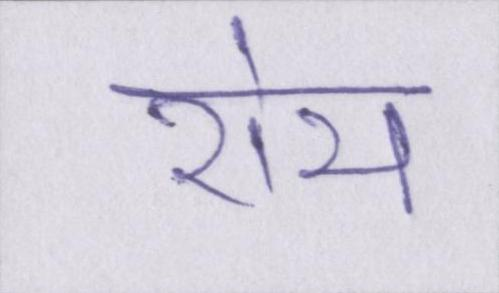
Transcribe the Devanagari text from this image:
रोय